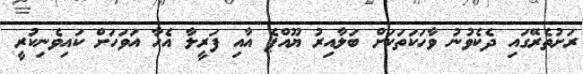
ރަށުތެރޭގައި ދެކެވުނު ވާހަކަތަކަށް ބަލާއިރު ޔޫއްޕެ އާއި ފަރީލާ އެހާ އަވަހަށް ކައިވެނިކުރީ